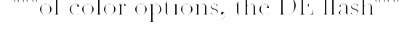
"""of color options, the DE flash"""